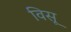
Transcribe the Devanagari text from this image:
विसू